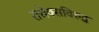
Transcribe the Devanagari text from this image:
ससेक्सविरुद्ध